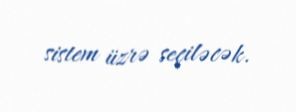
sistem üzrə seçiləcək.